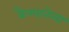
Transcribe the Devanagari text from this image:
कैम्पानेला